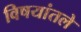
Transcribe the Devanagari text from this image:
विषयांतले